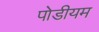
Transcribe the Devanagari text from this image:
पोडीयम